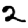
Digit: 2